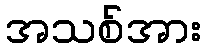
အသစ်အား